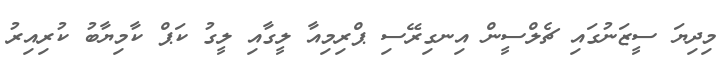
މިދިޔަ ސީޒަނުގައި ޗެލްސީން އިނގިރޭސި ޕްރިމިއާ ލީގާއި ލީގު ކަޕް ކާމިޔާބު ކުރިއިރު